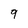
Character: 9